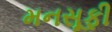
મનસૂફી